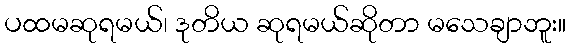
ပထမဆုရမယ်၊ ဒုတိယ ဆုရမယ်ဆိုတာ မသေချာဘူး။